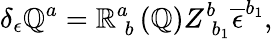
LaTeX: \delta_{\epsilon}\mathbb{Q}^{a}=\mathbb{R}_{\; b}^{a}\left(\mathbb{Q}\right)Z_{\; b_{1}}^{b}\overline{{{{\epsilon}}}}^{b_{1}},